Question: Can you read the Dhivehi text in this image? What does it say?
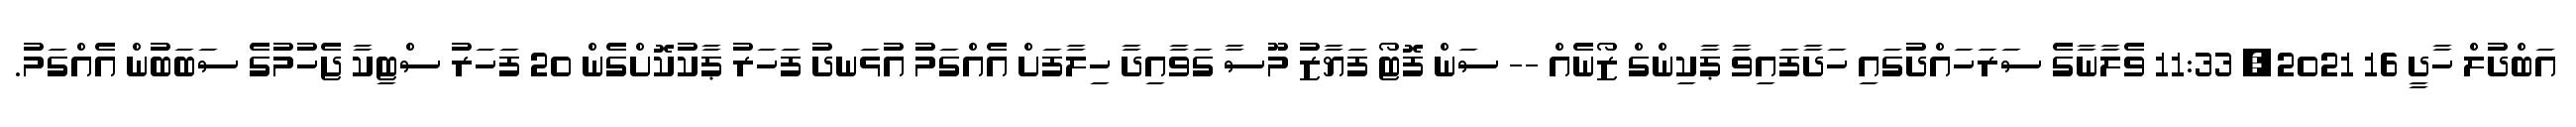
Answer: އަބްދުލް ހާދީ 16 2021, 11:33 ވެލާނާގެ ސަރަހައްދުގައި ހަދާފައިވާ ޕާކިންގް ޒޯނެއް -- ސަން ފޮޓޯ ފަޔާޒު މޫސާ ގަވާއިދާ ހިލާފަށް އެއްގަމު އުޅަނދު ފަހަރު ޕާކުކޮށްގެން 20 ފަހަރު ސްޓިކާ ޖެހުމުގެ ސަބަބުން އެއްގަމު.